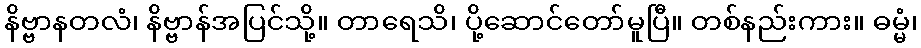
နိဗ္ဗာနတလံ၊ နိဗ္ဗာန်အပြင်သို့။ တာရေသိ၊ ပို့ဆောင်တော်မူပြီ။ တစ်နည်းကား။ ဓမ္မံ၊